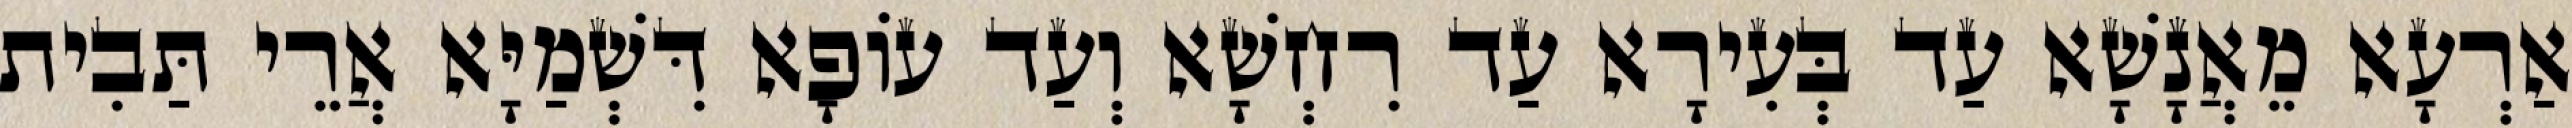
אַרְעָא מֵאֲנָשָׁא עַד בְּעִירָא עַד רִחְשָׁא וְעַד עוֹפָא דִּשְׁמַיָּא אֲרֵי תַּבִית